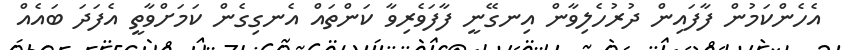
އެހެންކަމުން ފާފައިން ދުރުހެލިވާން އިނގޭނީ ފާފަވެރިވާ ކަންތައް އެނގިގެން ކަމަށްވާތީ އެފަދަ ބައެއް